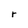
Character: r